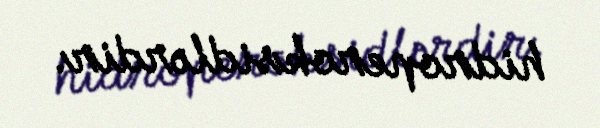
hidroperoksidlərdir.